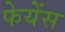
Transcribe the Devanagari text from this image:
फेयेंस